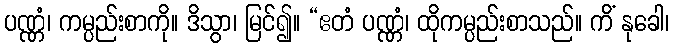
ပဏ္ဏံ၊ ကမ္ပည်းစာကို။ ဒိသွာ၊ မြင်၍။ “ဧတံ ပဏ္ဏံ၊ ထိုကမ္ပည်းစာသည်။ ကိံ နုခေါ၊